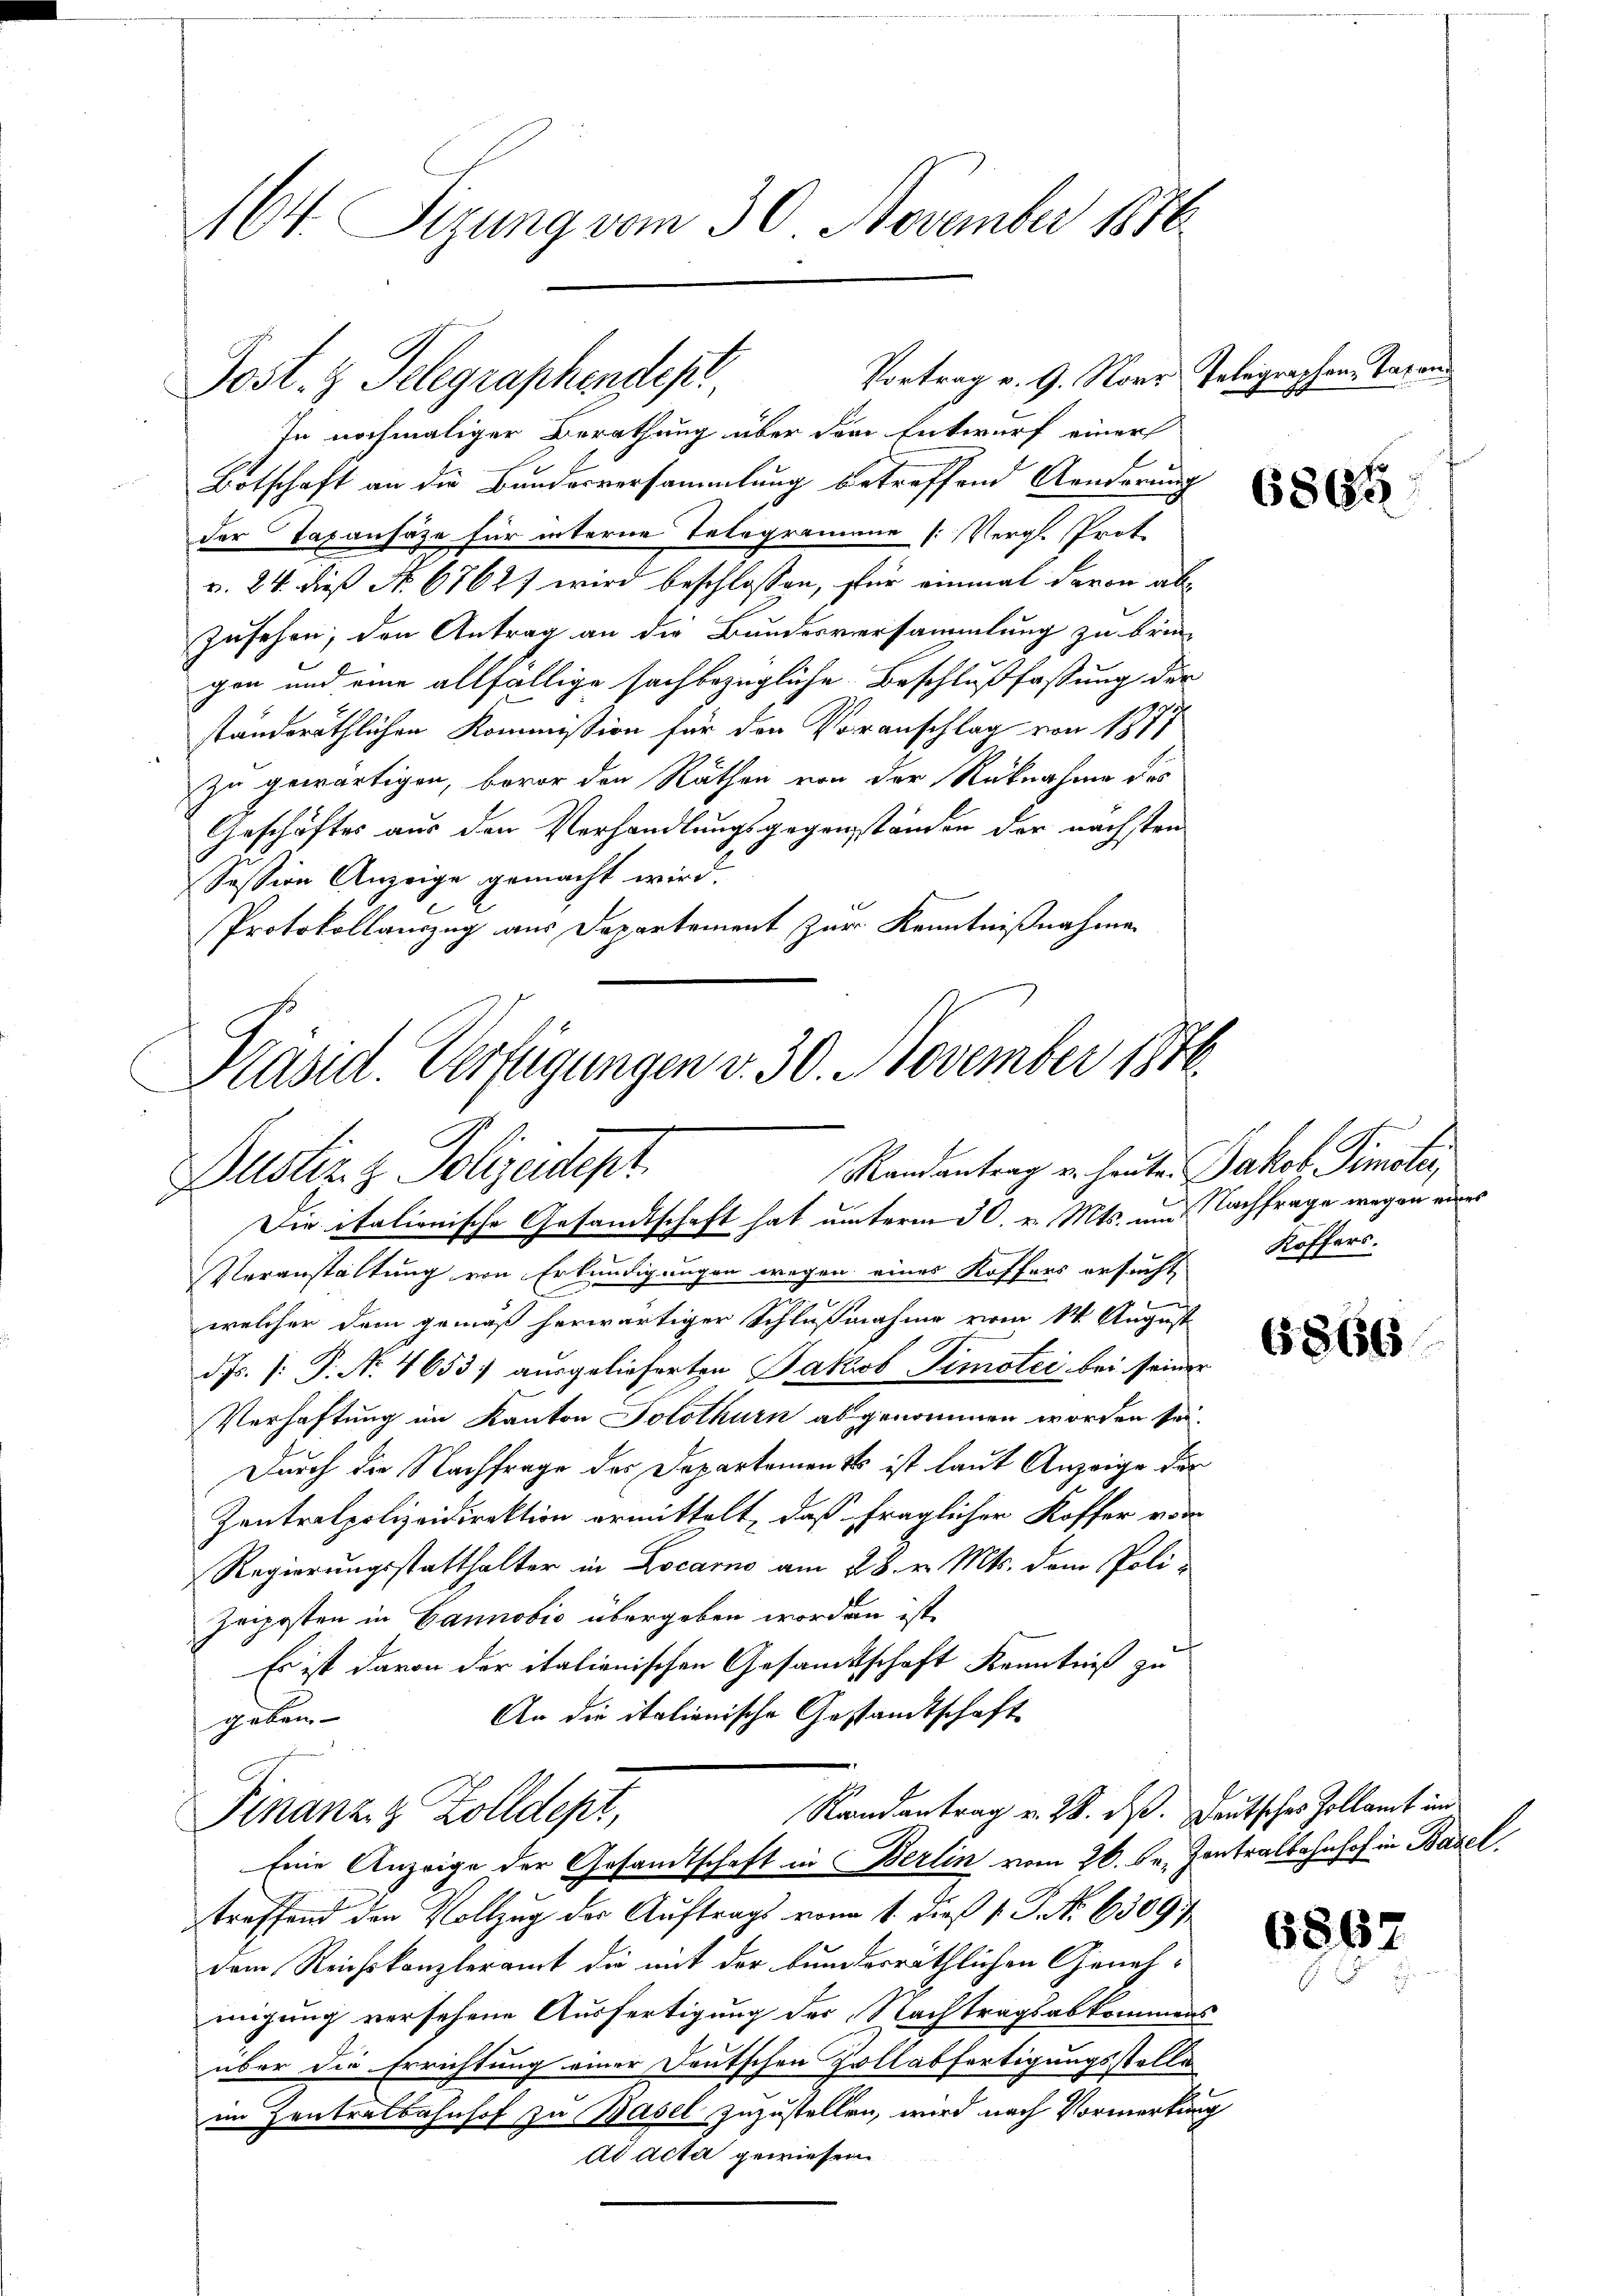
16. Sizung vom 30. November 1816.

Kasid. Verfügungen v. 30. November 1876
Randantrag u. heute Jakob Simoti
Justiz & Polizeidept
Die italionische Gesandtschaft hat unterm 30. v. Mts. um Nachfrage wegen eines

Vortrag v. 9. Nov. Telegraphen Tatans
Post. z. Telegraphendep

In nochmaliger Berathung über dem Entwurf einer
Botschaft an die Bundesversammlung betreffend Aenderung
der Taxansäze für interne Telegramine [Vergl. Prot
v. 24. dieß No. 67627 wird beschlossen, für einmal davon ab¬
Zusehen, den Antrag an die Bundesversammlung zu brin-
gen und eine allfällige sachbezügliche Beschlußfassung der
ständeräthlichen Kommission für den Voranschlag von 1871
zu gewärtigen, bevor den Räthen von der Rücknahme des
Geschäftes aus den Verhandlungsgegenständen der nächsten
Session Anzeige gemacht wird.
Protokollauszug aus Departement zur Kenntnißnahme
Veranstaltung von Erkundigungen wegen eines Koffers ersucht
welcher dem gemäß herwärtiger Schlußnahme vom 14. August
dp. (: P. Nr. 4653. ausgelieferten Jakob Timotei bei seiner
Verhaftung im Kanton Solothurn abgenommen worden sei.
Durch die Nachfrage des Departementes ist laut Anzeige der
Zentralpolizeidirektion ermittelt, daß fraglicher Koffer vom
Regierungsstatthalter in Locarno am 28. v. Mts. dem Poli¬
Zeiposten in Cannobis übergeben worden ist.
Es ist davon der italionischen Gesandtschaft Kenntniß zu
An die italienische Gestandtschaft
geben.
.
Randantrag v. 28. ds. Deutsches Zollamt un
Finanze Zolldept,
Eine Anzeige der Gesandtschaft in Berlin vom 26. Se. Zentralbahnhof in Basel,
treffend den Vollzug der Auftrags vom 1. dieß s. B. No 6309
dem Reichskanzleramt die mit der bundesräthlichen Genehmigung versehene Ausfertigung des Nachtragsabkommens
über die Errichtung einer Deutschen Vollabfertigungsstelle
im Zentratbahnhof zu Basel zuzustellen, wird nach Vormerkung
Ad Acta gewiesen

6865

Koffers.

6866

6867